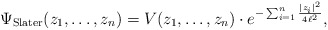
\begin{align*}\Psi_{\rm Slater}(z_1,\ldots,z_n) = V(z_1,\ldots,z_n) \cdot e^{-\sum_{i=1}^n \frac{|z_i|^2}{4\ell^2}}, \end{align*}